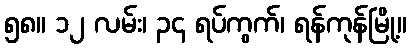
၅၈။ ၁၂ လမ်း၊ ၃၄ ရပ်ကွက်၊ ရန်ကုန်မြို့။